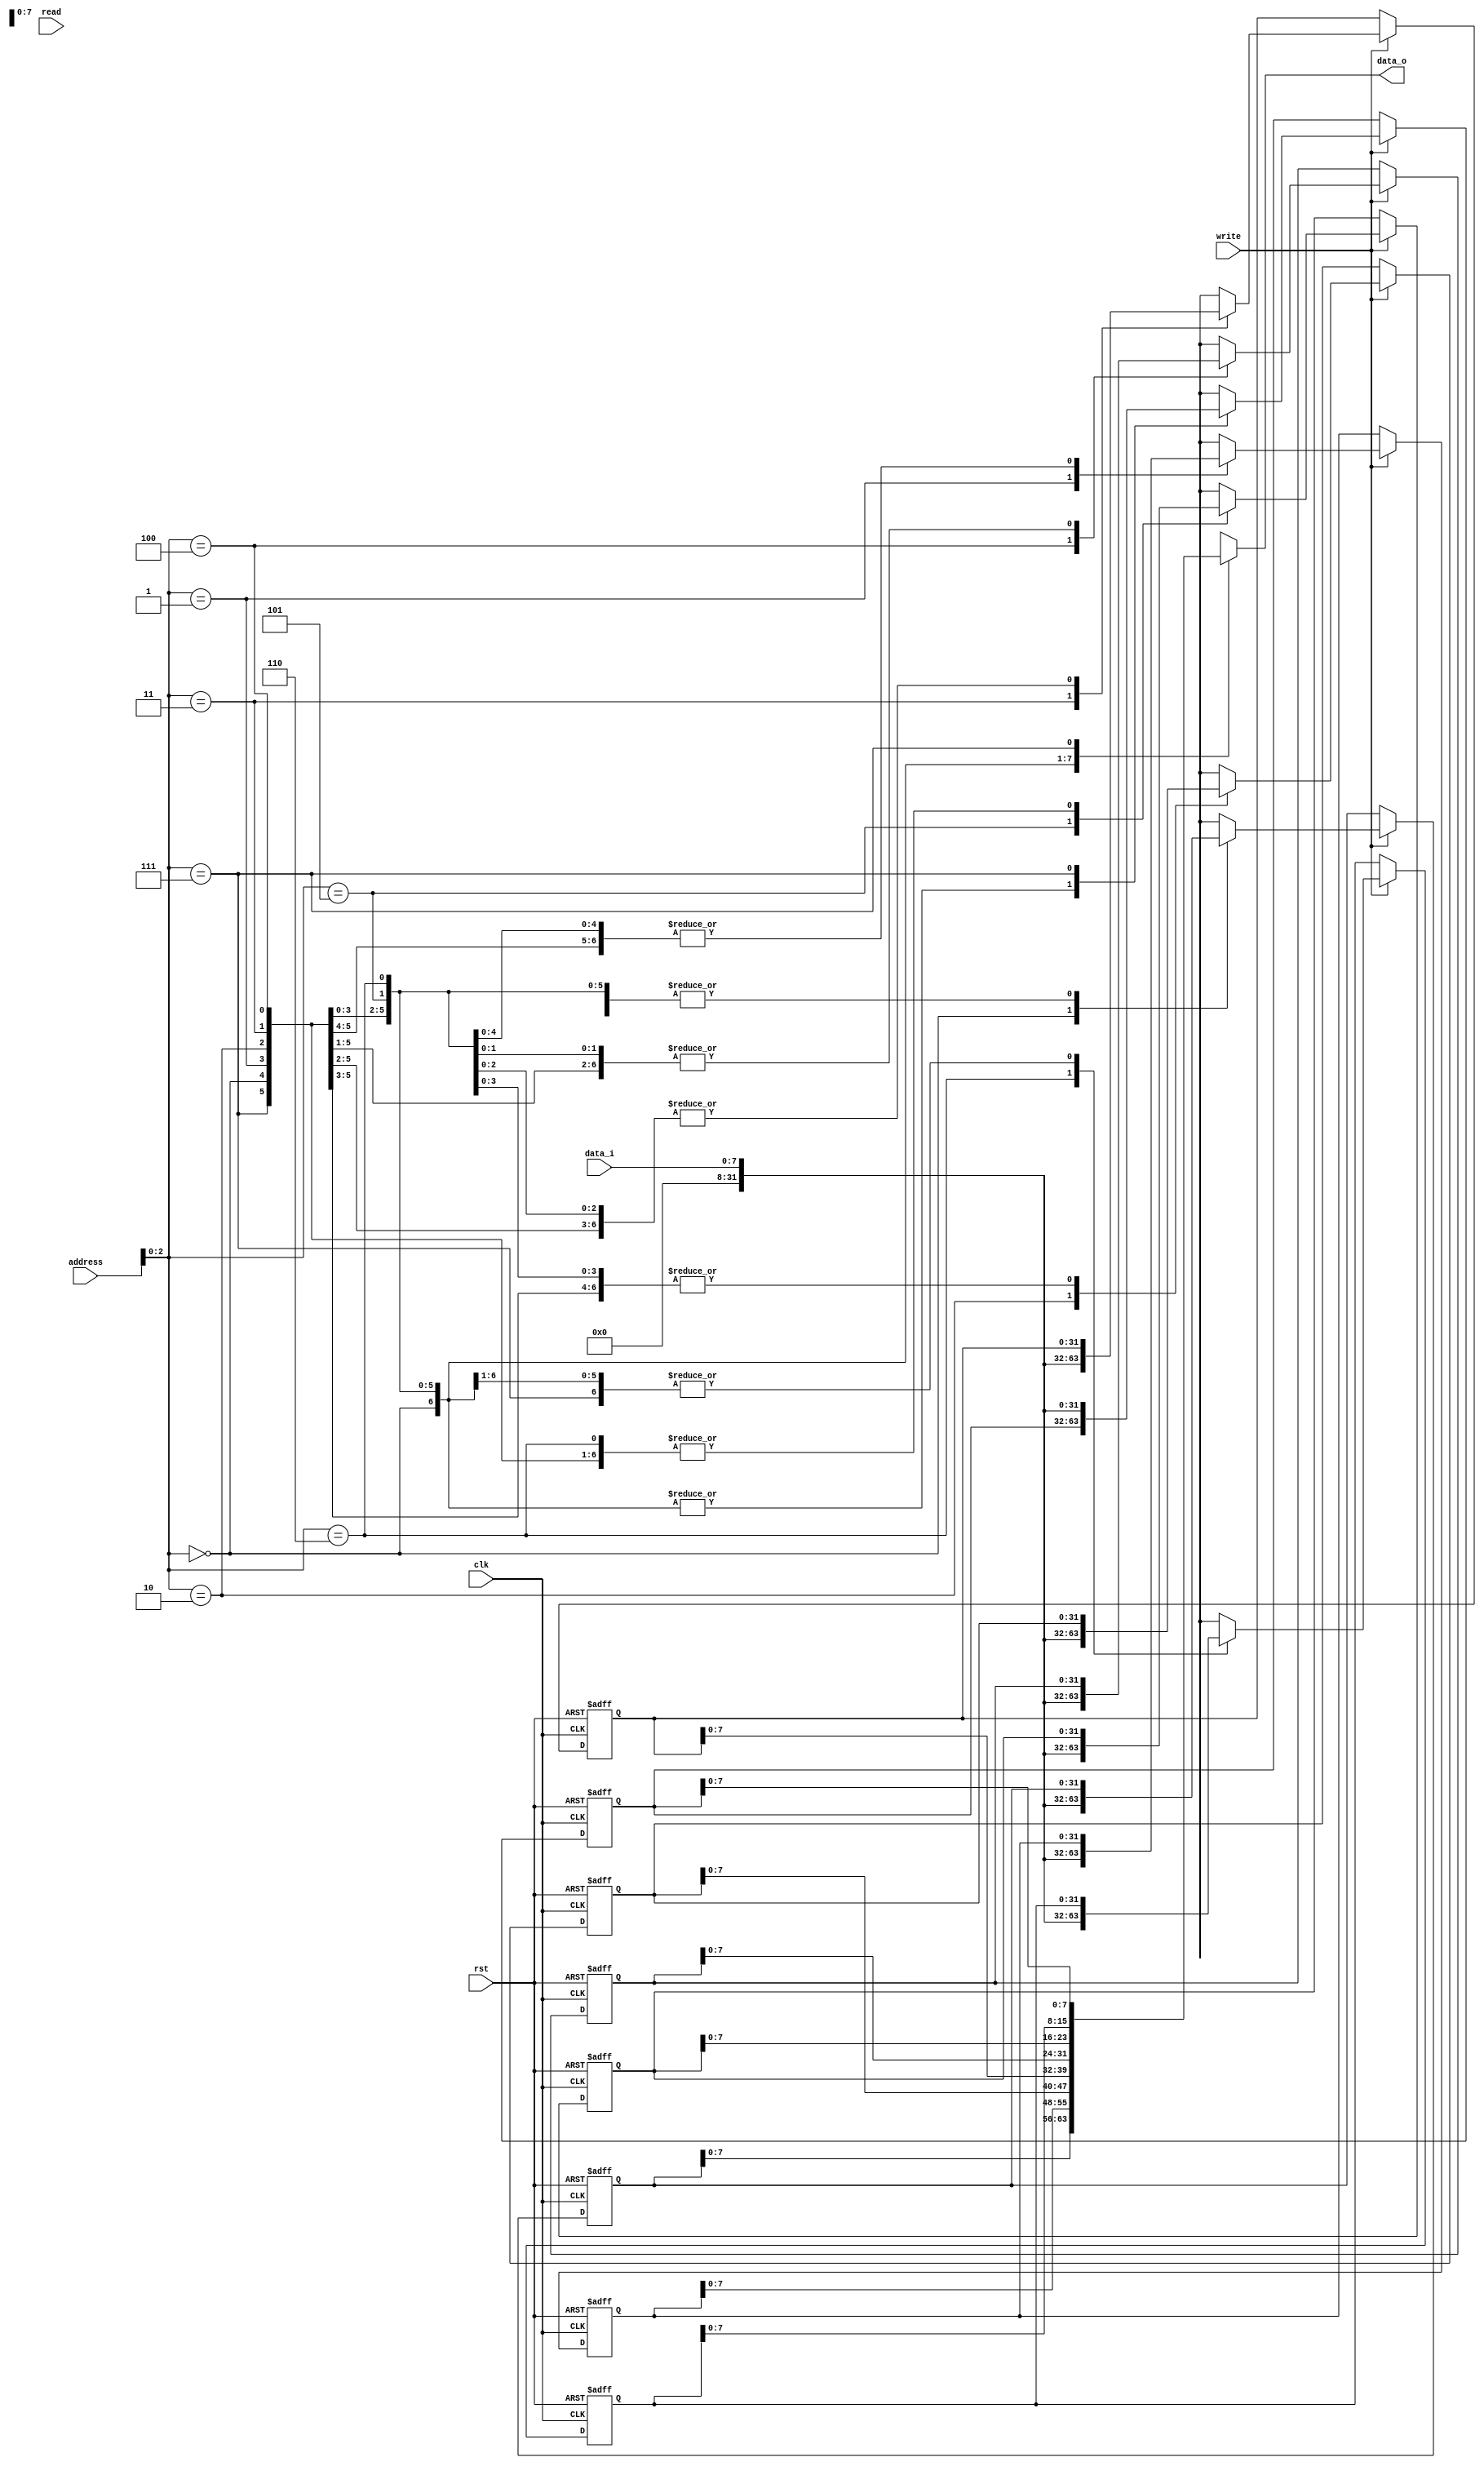
`timescale 1ns / 1ps

module main_store(
    input  wire rst, clk,
    input  wire read, write,
    input  wire [4:0] address,
    input  wire [7:0] data_i,
    output wire [7:0] data_o
);

reg [31:0] data_q [7:0];
reg [31:0] data_nxt [7:0];

integer i;

always @(posedge clk or posedge rst) begin
    if (rst) begin
        for (i = 0; i < 32; i = i + 1) begin
            data_q[i] <= 8'd0;
        end
    end else begin
        for (i = 0; i < 32; i = i + 1) begin
            data_q[i] <= data_nxt[i];
        end
    end
end

always @(*) begin
    for (i = 0; i < 32; i = i + 1) begin
        data_nxt[i] = data_q[i];
    end

    if (write) begin
        data_nxt[address] = data_i;
    end
end

reg [7:0] data_output;
assign data_o = data_output;

always @(*) begin
    data_output = data_q[address];
end

endmodule